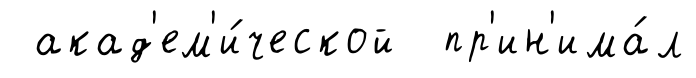
акад'ем'и́ческой пр'ин'има́л